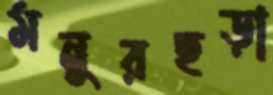
মনুরছড়া